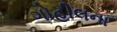
ગોહીલના